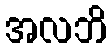
အလဘိ